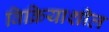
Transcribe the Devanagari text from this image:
विक्रियाशील